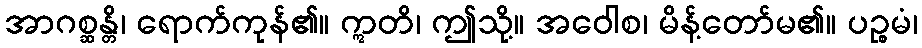
အာဂစ္ဆန္တိ၊ ရောက်ကုန်၏။ ဣတိ၊ ဤသို့။ အဝေါစ၊ မိန့်တော်မ၏။ ပဉ္စမံ၊